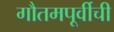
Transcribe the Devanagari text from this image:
गौतमपूर्वीची